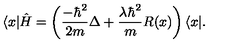
\langle x | \hat { H } = \left( \frac { - \hbar ^ { 2 } } { 2 m } \Delta + \frac { \lambda \hbar ^ { 2 } } { m } R ( x ) \right) \langle x | .